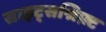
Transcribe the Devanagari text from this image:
साइट्सश्रिफ़्ट